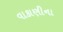
વાકાણીના